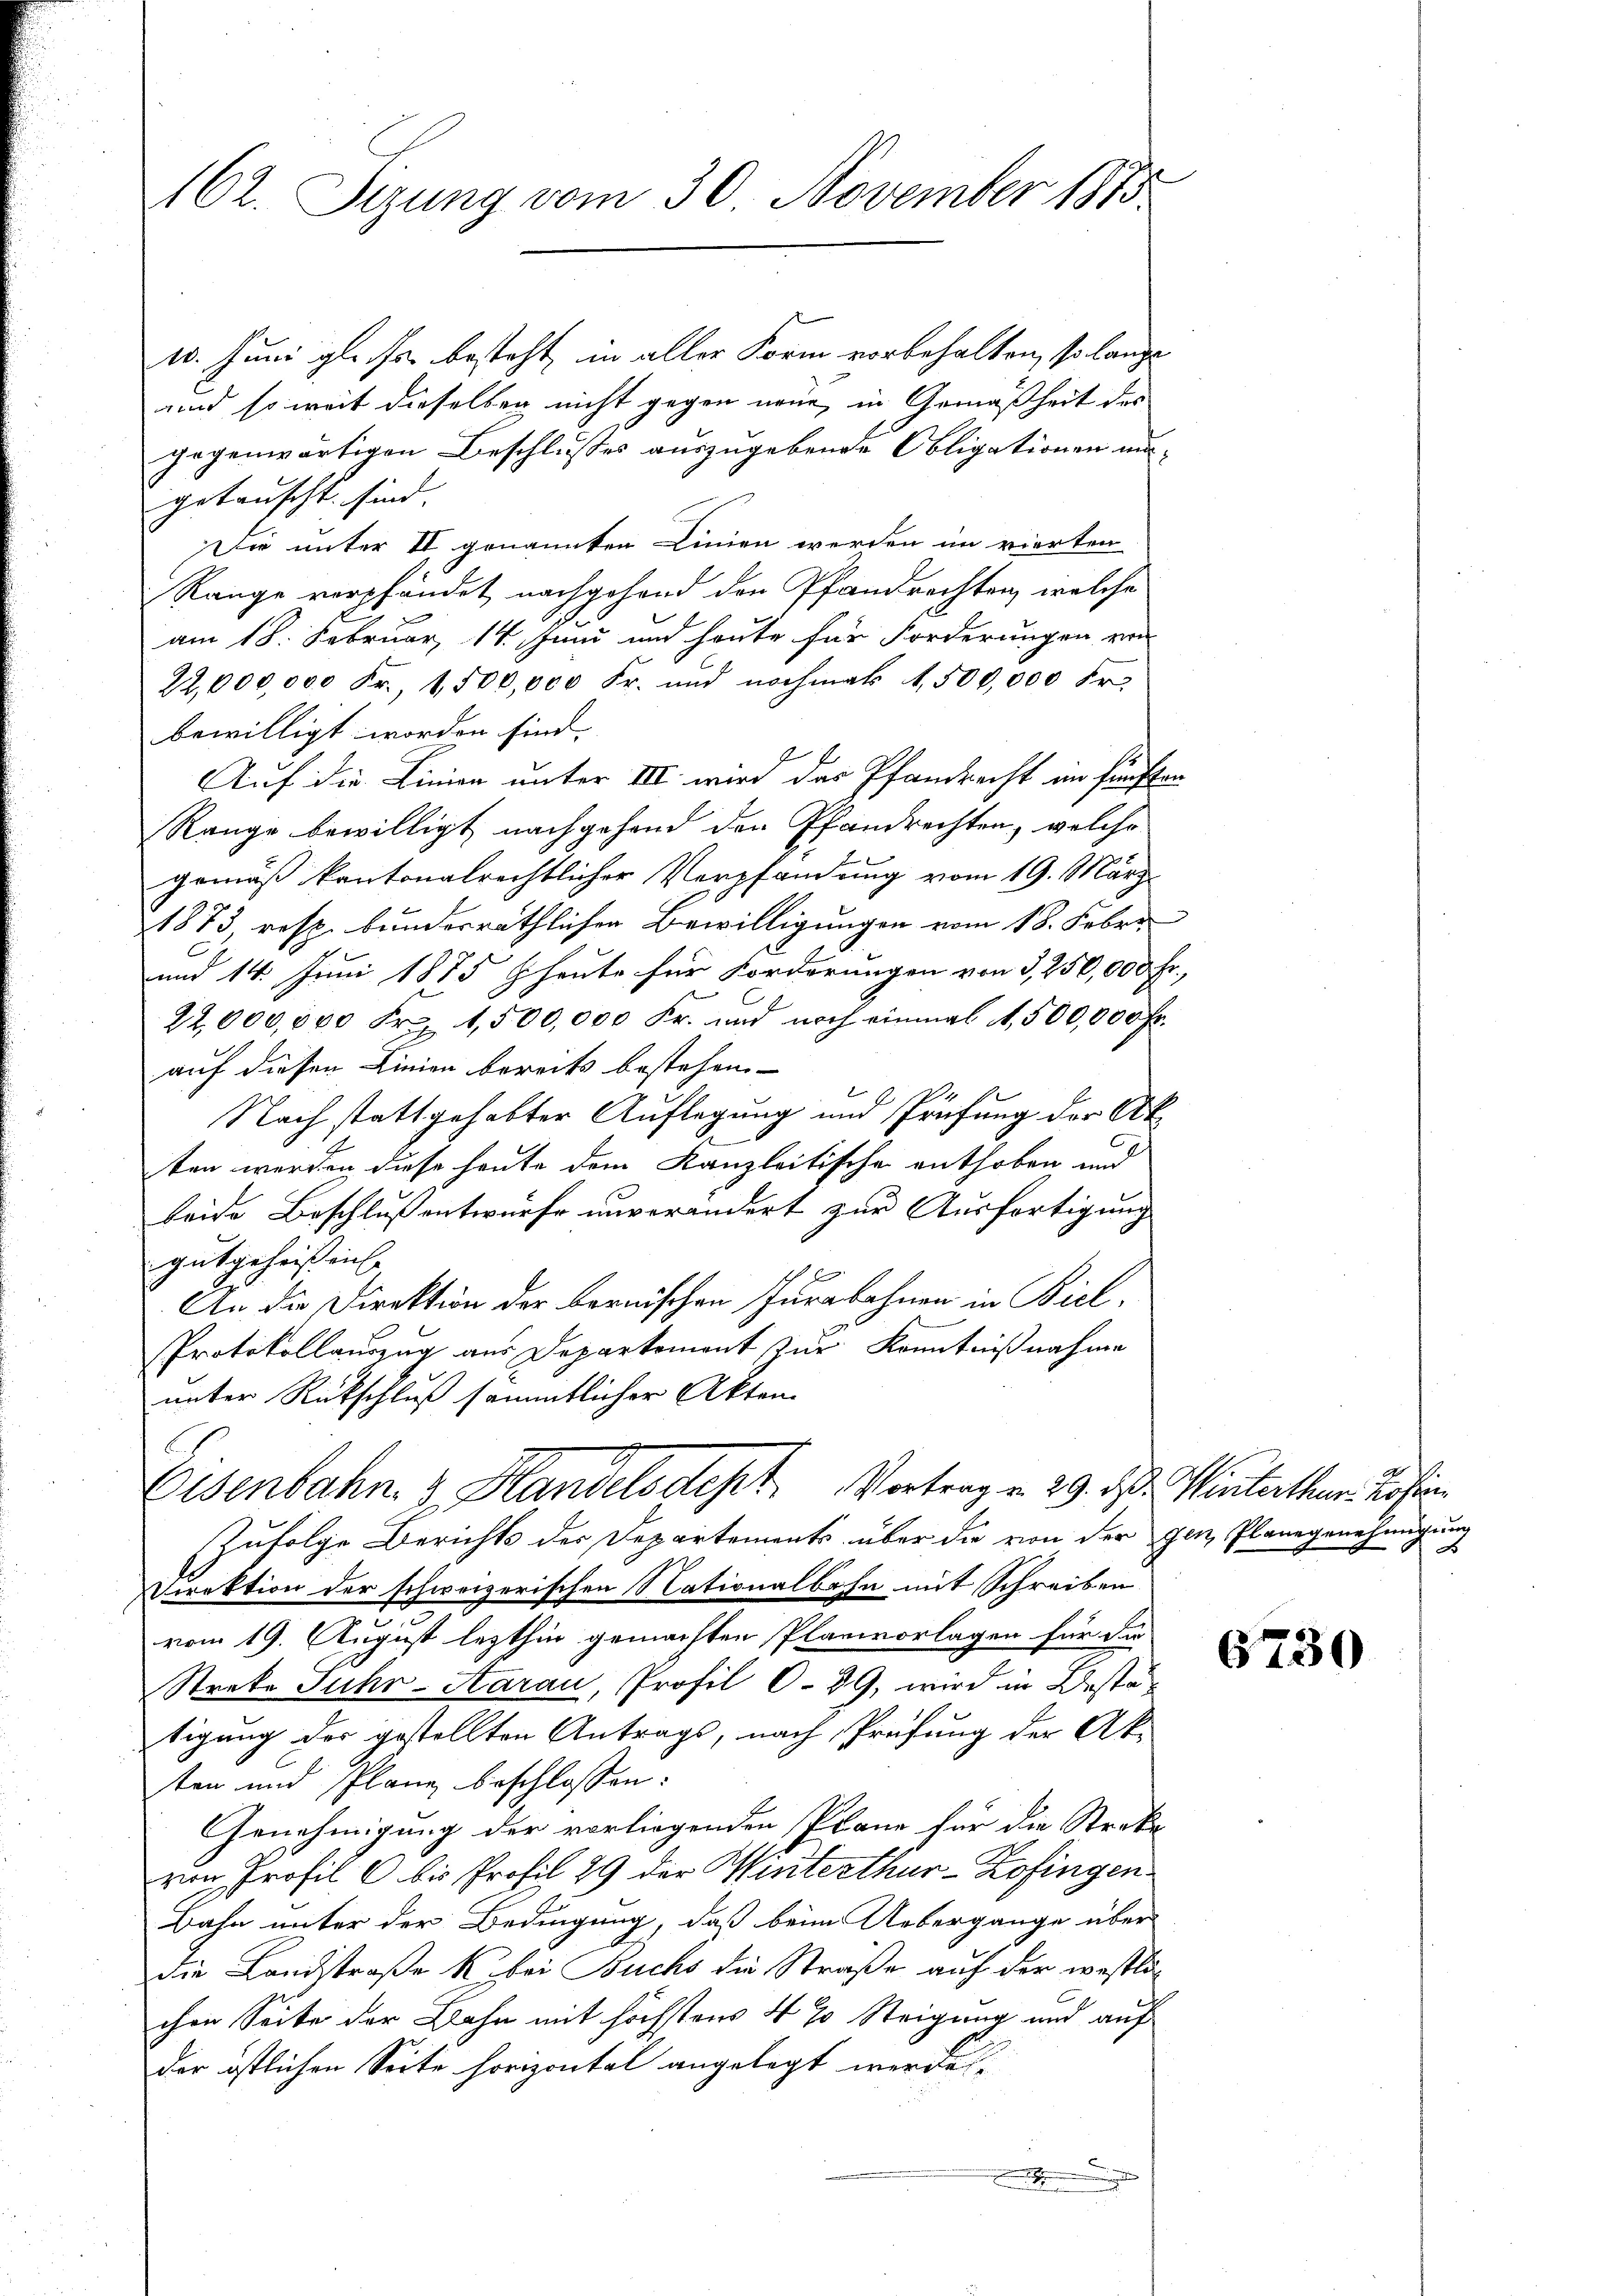
162. Sizung vom 30. November 1815

e
10. Juni gl. Js. besteht, in aller Form vorbehalten, so lange
und so weit dieselben nicht gegen neue, in Gemäßheit des
gegenwärtigen Beschlusses auszugebende Obligationen mügetauscht sind.
Die unter II genannten Linien werden im vierten
Range verpfändet nachgehend den Pfandrechten, welche
am 18. Februar 14. Juni und heute für Forderungen von
22,000,000 Fr., 1500,000 Fr. und nochmals 1,500,000 Fr.
bewilligt worden sind. |
Auf die Linien unter III wird das Pfandrecht im fünften
Range bewilligt nachgehend den Pfandrechten, welche
gemäß kantonalrechtlicher Verpfandung vom 19. März
1873, resp. bundesräthlichen Bewilligungen vom 18. Febr.
und 14. Juni 1875 heute für Forderungen von 3, 250,000 Fr.,
22,000,000 Fr. 1,500,000 Fr. und noch einmal 1,500,000 Fr.
auf diesen Linien bereits bestehen
Nach stattgehabter Auflegung und Prüfung der Ak
ten werden diese heute dem Kanzleitische enthoben und
beide Beschluß entwurfe unverändert zur Ausfortigung
gutgeheißen.
x
An die Direktion der bernischen Jurabahnen in Biel¬
Protokollauszug aus Departement zur Kenntnißnahme
unter Rückschluß sämmtlicher Akten.
C
Eisenbahn. 3. Handelsdept Vortrag v. 29. ds. Winterthur. Kosten
Zufolge Berichts der Departements über die von der gen Planegenehmigung
Direktion der schweizerischen Nationalbahn mit Schreiben
vom 19. August lezthin gemachten Planvorlagen für da
Strete Suhr-Aarau, Profil O. 39, wird in Bestätigung der gestellten Antrags, nach Prüfung der Ak-
ten und Plane beschlossen:
Genehmigung der vorliegenden Plane für die Streke
von Profil 6 bis Profil 29 der Winterthur–Zofingen
Bahn unter der Bedingung, daß beim Uebergange über
die Landstraße k. bei Buchs die Straße auf der westlichen Seite der Bahn mit höchstens 4 % Steigung und auf
der östlichen Seite horizontal angelegt werde,

2.
F

6730